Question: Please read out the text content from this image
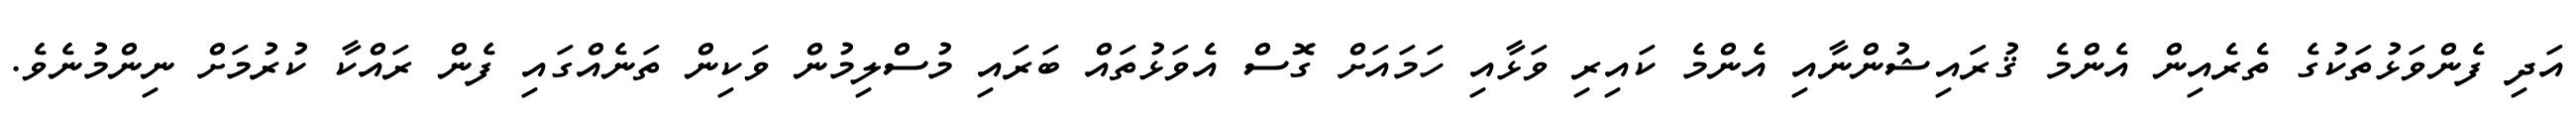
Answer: އަދި ފެންވަޅުތަކުގެ ތެރެއިން އެންމެ ޤުރައިޝުންނާއި އެންމެ ކައިރި ވަޅާއި ހަމައަށް ގޮސް އެވަޅުތައް ބަރައި މުސްލިމުން ވަކިން ތަނެއްގައި ފެން ރައްކާ ކުރުމަށް ނިންމުނެވެ.